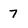
Character: 7